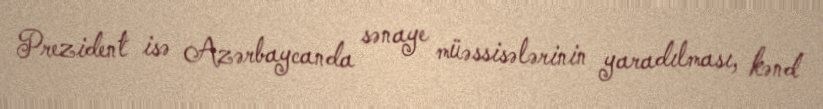
Prezident isə Azərbaycanda sənaye müəssisələrinin yaradılması, kənd